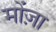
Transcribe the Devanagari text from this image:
मोंज़ा